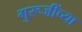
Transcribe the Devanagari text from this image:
गुरूजींच्या